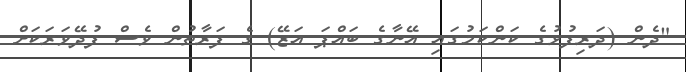
"ދެން (ދަރިފުޅުގެ ކަންކަމުގައި އޭނާގެ ބައްޕަ އަޒޭ) ގެ ފަރާތުން ވެސް ފުދޭވަރަކަށް